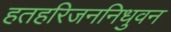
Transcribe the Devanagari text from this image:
हतहरिजननिधुवन